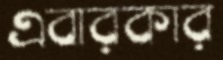
এবারকার